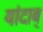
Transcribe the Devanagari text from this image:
यांदाब्